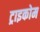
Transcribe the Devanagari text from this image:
ट्राइकोम